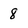
Character: 8